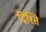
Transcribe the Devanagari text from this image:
द्रिश्ति